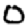
Digit: 0